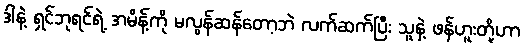
ဒါနဲ့ ရှင်ဘုရင်ရဲ့ အမိန့်ကို မလွန်ဆန်တော့ဘဲ လက်ဆက်ပြီး သူနဲ့ ဖန်ဟူးတို့ဟာ